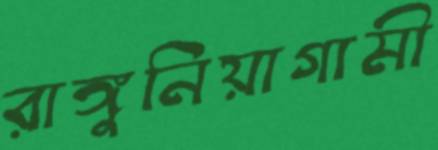
রাঙ্গুনিয়াগামী